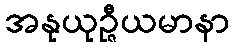
အနုယုဉ္ဇီယမာနာ